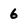
Character: 6